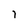
Character: i